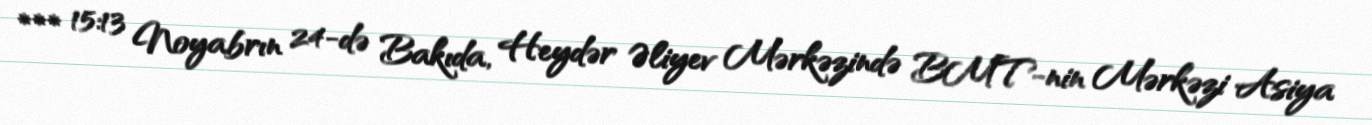
*** 15:13 Noyabrın 24-də Bakıda, Heydər Əliyev Mərkəzində BMT-nin Mərkəzi Asiya